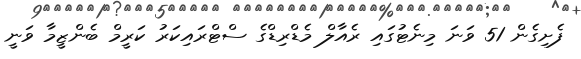
ފެށިގެން 51 ވަނަ މިނެޓުގައި ރެއާލް މެޑްރިޑްގެ ސްޓްރައިކަރު ކަރީމް ބެންޒީމާ ވަނީ